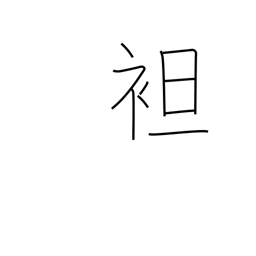
Meaning: strip to waist